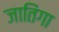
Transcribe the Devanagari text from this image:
जातिंगा